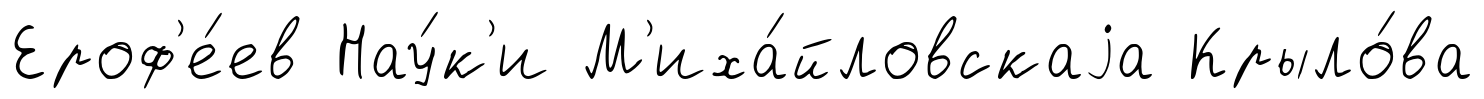
Ероф'е́ев Нау́к'и М'иха́йловскаjа Крыло́ва